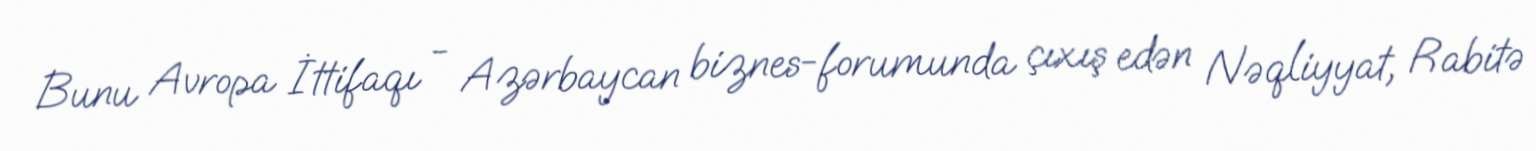
Bunu Avropa İttifaqı - Azərbaycan biznes-forumunda çıxış edən Nəqliyyat, Rabitə